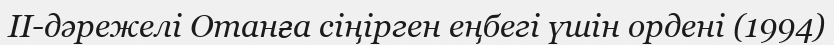
II-дәрежелі Отанға сіңірген еңбегі үшін ордені (1994)